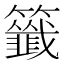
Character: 籤